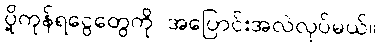
ပို့ကုန်ရငွေတွေကို အပြောင်းအလဲလုပ်မယ်။